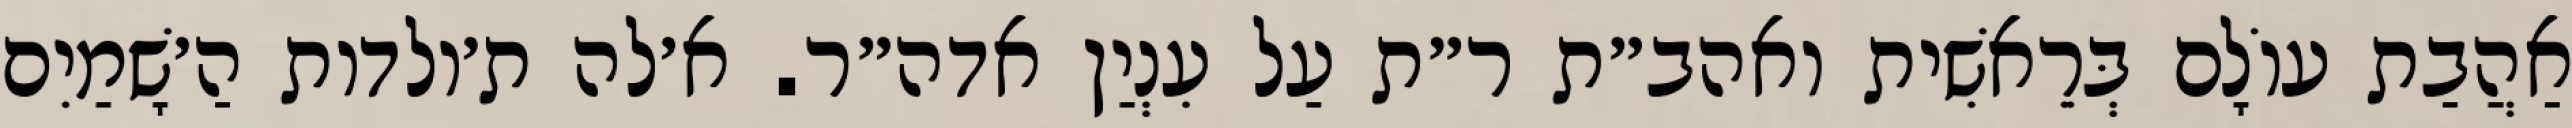
אַהֲבַת עוֹלָם בְּרֵאשִׁית ואהב״ת ר״ת עַל עִנְיַן אדה״ר. א׳לה ת׳ולדות הַ׳שָׁמַיִם